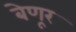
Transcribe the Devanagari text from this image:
बेणूर